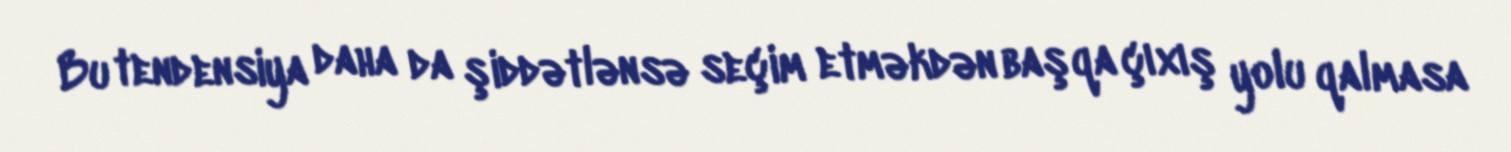
Bu tendensiya daha da şiddətlənsə seçim etməkdən başqa çıxış yolu qalmasa